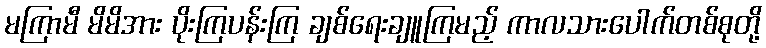
မကြာမီ မိမိအား ပိုးကြပန်းကြ ချစ်ရေးချူကြမည့် ကာလသားပေါက်တစ်စုတို့